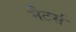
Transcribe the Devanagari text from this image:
मैटर्स